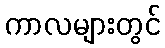
ကာလများတွင်